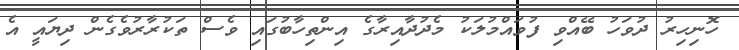
ހޮނިހިރު ދުވަހު ބޭއްވި ފުވައްމުލަކު މެދުދާއިރާގެ އިންތިހާބުގައި ވެސް ތަކުރާރުވެގެން ދިޔައީ އެ